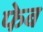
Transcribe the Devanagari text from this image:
फेब